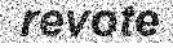
revote